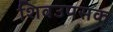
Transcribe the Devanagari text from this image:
शिवउपसक